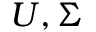
U , \Sigma